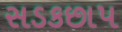
સડકછાપ